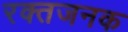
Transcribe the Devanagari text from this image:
रक्तजनक